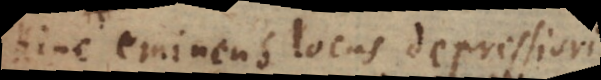
Hinc eminens locus depressiori